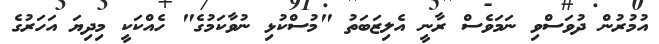
އުމުރުން ދުވަސްވި ނަމަވެސް ރާނީ އެލިޒަބަތު "މުސްކުޅި ނުވާކަމުގެ" ހެއްކަކީ މިދިޔަ އަހަރުގެ